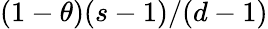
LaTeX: (1-\theta)(s-1)/(d-1)